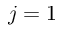
j = 1